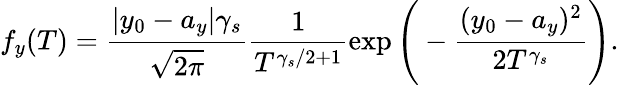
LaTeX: f_{y}(T)=\frac{|y_{0}-a_{y}|\gamma_{s}}{\sqrt{2\pi}}\frac{1}{T^{\gamma_{s}/2+1}}\exp\Bigg(-\frac{(y_{0}-a_{y})^{2}}{2T^{\gamma_{s}}}\Bigg).